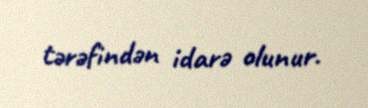
tərəfindən idarə olunur.